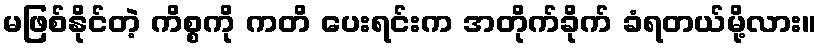
မဖြစ်နိုင်တဲ့ ကိစ္စကို ကတိ ပေးရင်းက အတိုက်ခိုက် ခံရတယ်မို့လား။